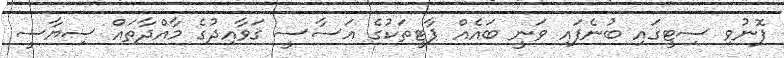
ފޮނުވި ސިޓީގައި ބުނެފައި ވަނީ ބައެއް ޕާޓީތަކުގެ އަސާސީ ޤަވާއިދުގެ މާއްދާތައް ސިޔާސީ